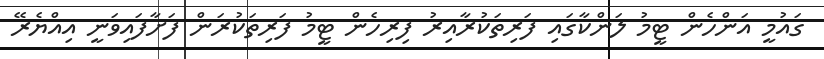
ގައުމީ އަންހެން ޓީމު ލަންކާގައި ފަރިތަކުރާއިރު ފިރިހެން ޓީމު ފަރިތަކުރަން ފަށާފައިވަނީ އިއްޔެރޭ